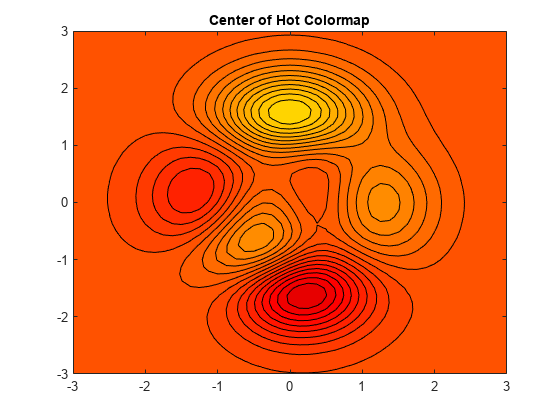
matlab, contourf, colormap, clim